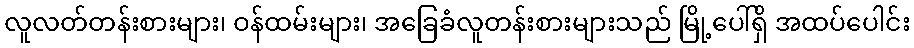
လူလတ်တန်းစားများ၊ ဝန်ထမ်းများ၊ အခြေခံလူတန်းစားများသည် မြို့ပေါ်ရှိ အထပ်ပေါင်း